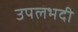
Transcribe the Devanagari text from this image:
उपलभदी